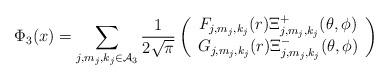
LaTeX: \begin{align*}\Phi_3(x)=\sum_{j,m_j,k_j\in\mathcal{A}_3}\frac{1}{2\sqrt{\pi}}\left(\begin{array}{cc} F_{j,m_j,k_j}(r)\Xi^+_{j,m_j,k_j}(\theta,\phi)\\ G_{j,m_j,k_j}(r)\Xi^-_{j,m_j,k_j}(\theta,\phi)\end{array}\right)\end{align*}